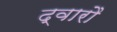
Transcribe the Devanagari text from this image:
द्वारौ